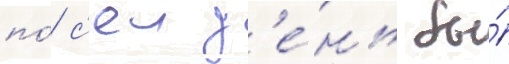
по́ с'еи д'е́нь бы́